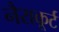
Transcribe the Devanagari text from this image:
नैराकूर्ट